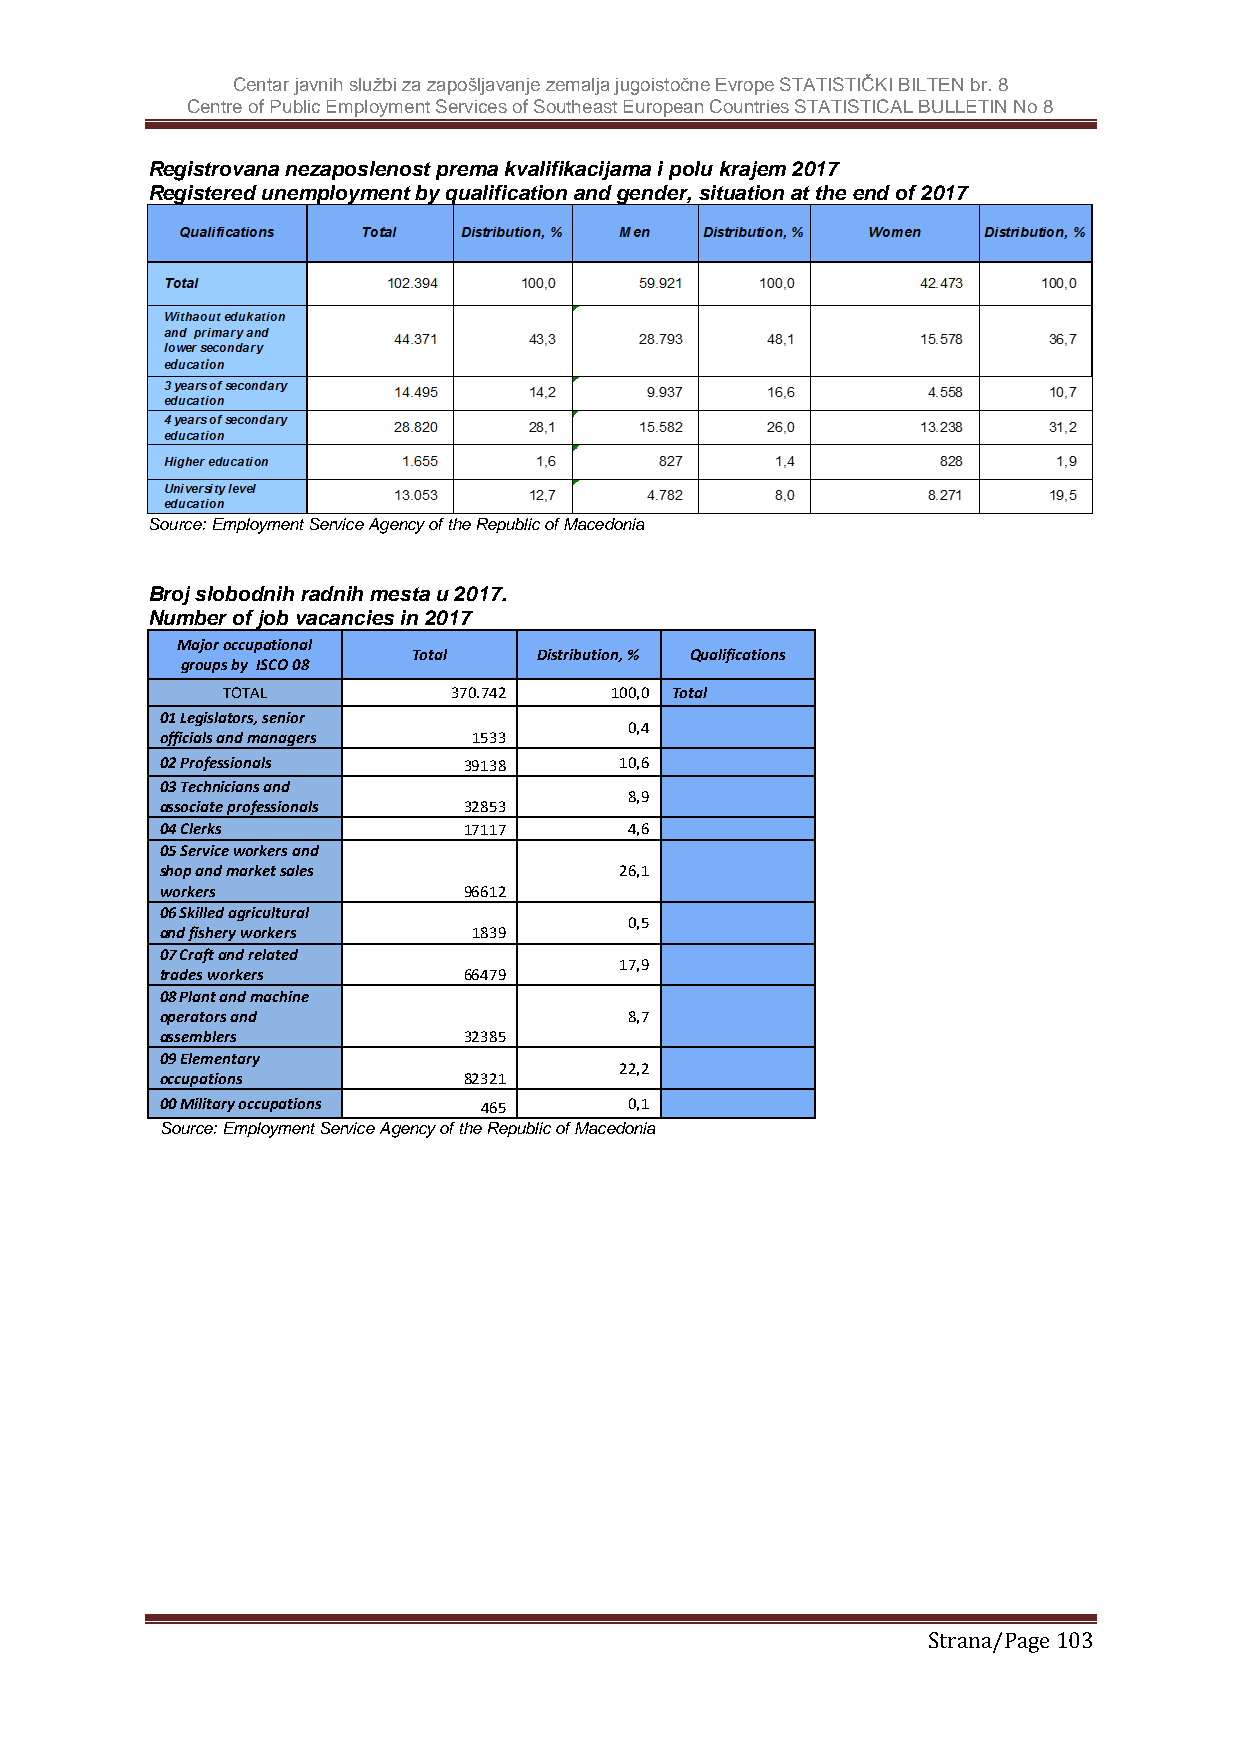
Centar javnih službi za zapošljavanje zemalja jugoistočne Evrope STATISTIČKI BILTEN br. 8
 Centre of Public Employment Services of Southeast European Countries STATISTICAL BULLETIN No 8
 Registrovana nezaposlenost prema kvalifikacijama i polu krajem 2017
 Registered unemployment by qualification and gender, situation at the end of 2017
 Source: Employment Service Agency of the Republic of Macedonia
 Broj slobodnih radnih mesta u 2017.
 Number of job vacancies in 2017
 Major occupational
 Total    Distribution, % Qualifications
 groups by ISCO 08
 TOTAL          370.742   100,0 Total
 01 Legislators, senior
 0,4
 officials and managers 1533
 02 Professionals    39138     10,6
 03 Technicians and
 8,9
 associate professionals 32853
 04 Clerks           17117      4,6
 05 Service workers and
 shop and market sales         26,1
 workers             96612
 06 Skilled agricultural
 0,5
 and fishery workers 1839
 07 Craft and related
 17,9
 trades workers      66479
 08 Plant and machine
 operators and                  8,7
 assemblers          32385
 09 Elementary
 22,2
 occupations         82321
 00 Military occupations 465    0,1
 Source: Employment Service Agency of the Republic of Macedonia
 Strana/Page 103